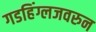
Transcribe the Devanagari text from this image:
गडहिंग्लजवरुन